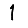
Digit: 1